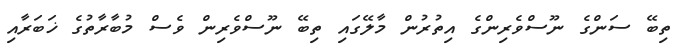
ތިބޭ ސަންގެ ނޫސްވެރިންގެ އިތުރުން މާލޭގައި ތިބޭ ނޫސްވެރިން ވެސް މުބާރާތުގެ ޚަބަރާއި